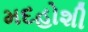
મદહોશી